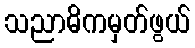
သညာဓိကမှတ်ဖွယ်